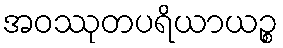
အဝဿုတပရိယာယဉ္စ